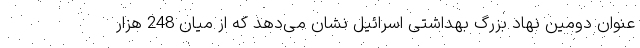
عنوان دومین نهاد بزرگ بهداشتی اسرائیل نشان می‌دهد که از میان 248 هزار